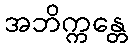
အဘိက္ကန္တေ